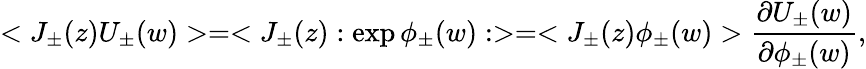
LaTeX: <J_{\pm}(z)U_{\pm}(w)>=<J_{\pm}(z):\exp\phi_{\pm}(w):>=<J_{\pm}(z)\phi_{\pm}(w)>\frac{\partial U_{\pm}(w)}{\partial\phi_{\pm}(w)},